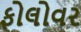
ફોલોવર